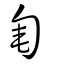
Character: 匎